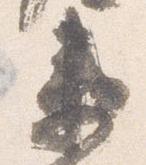
衛